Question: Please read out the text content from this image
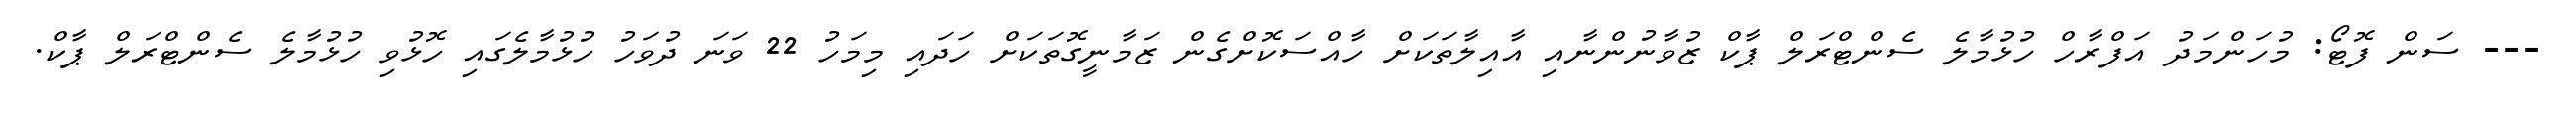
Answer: --- ސަން ފޮޓޯ: މުހަންމަދު އަފްރާހް ހުޅުމާލެ ސެންޓްރަލް ޕާކް ޒުވާނުންނާއި އާއިލާތަކަށް ހާއްސަކޮށްގެން ޒަމާނީގޮތަކަށް ހަދައި މިމަހު 22 ވަނަ ދުވަހު ހުޅުމާލެގައި ހޮޅުވި ހުޅުމާލެ ސެންޓްރަލް ޕާކް.